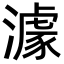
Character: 澽